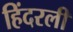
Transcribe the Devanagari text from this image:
हिंदरली